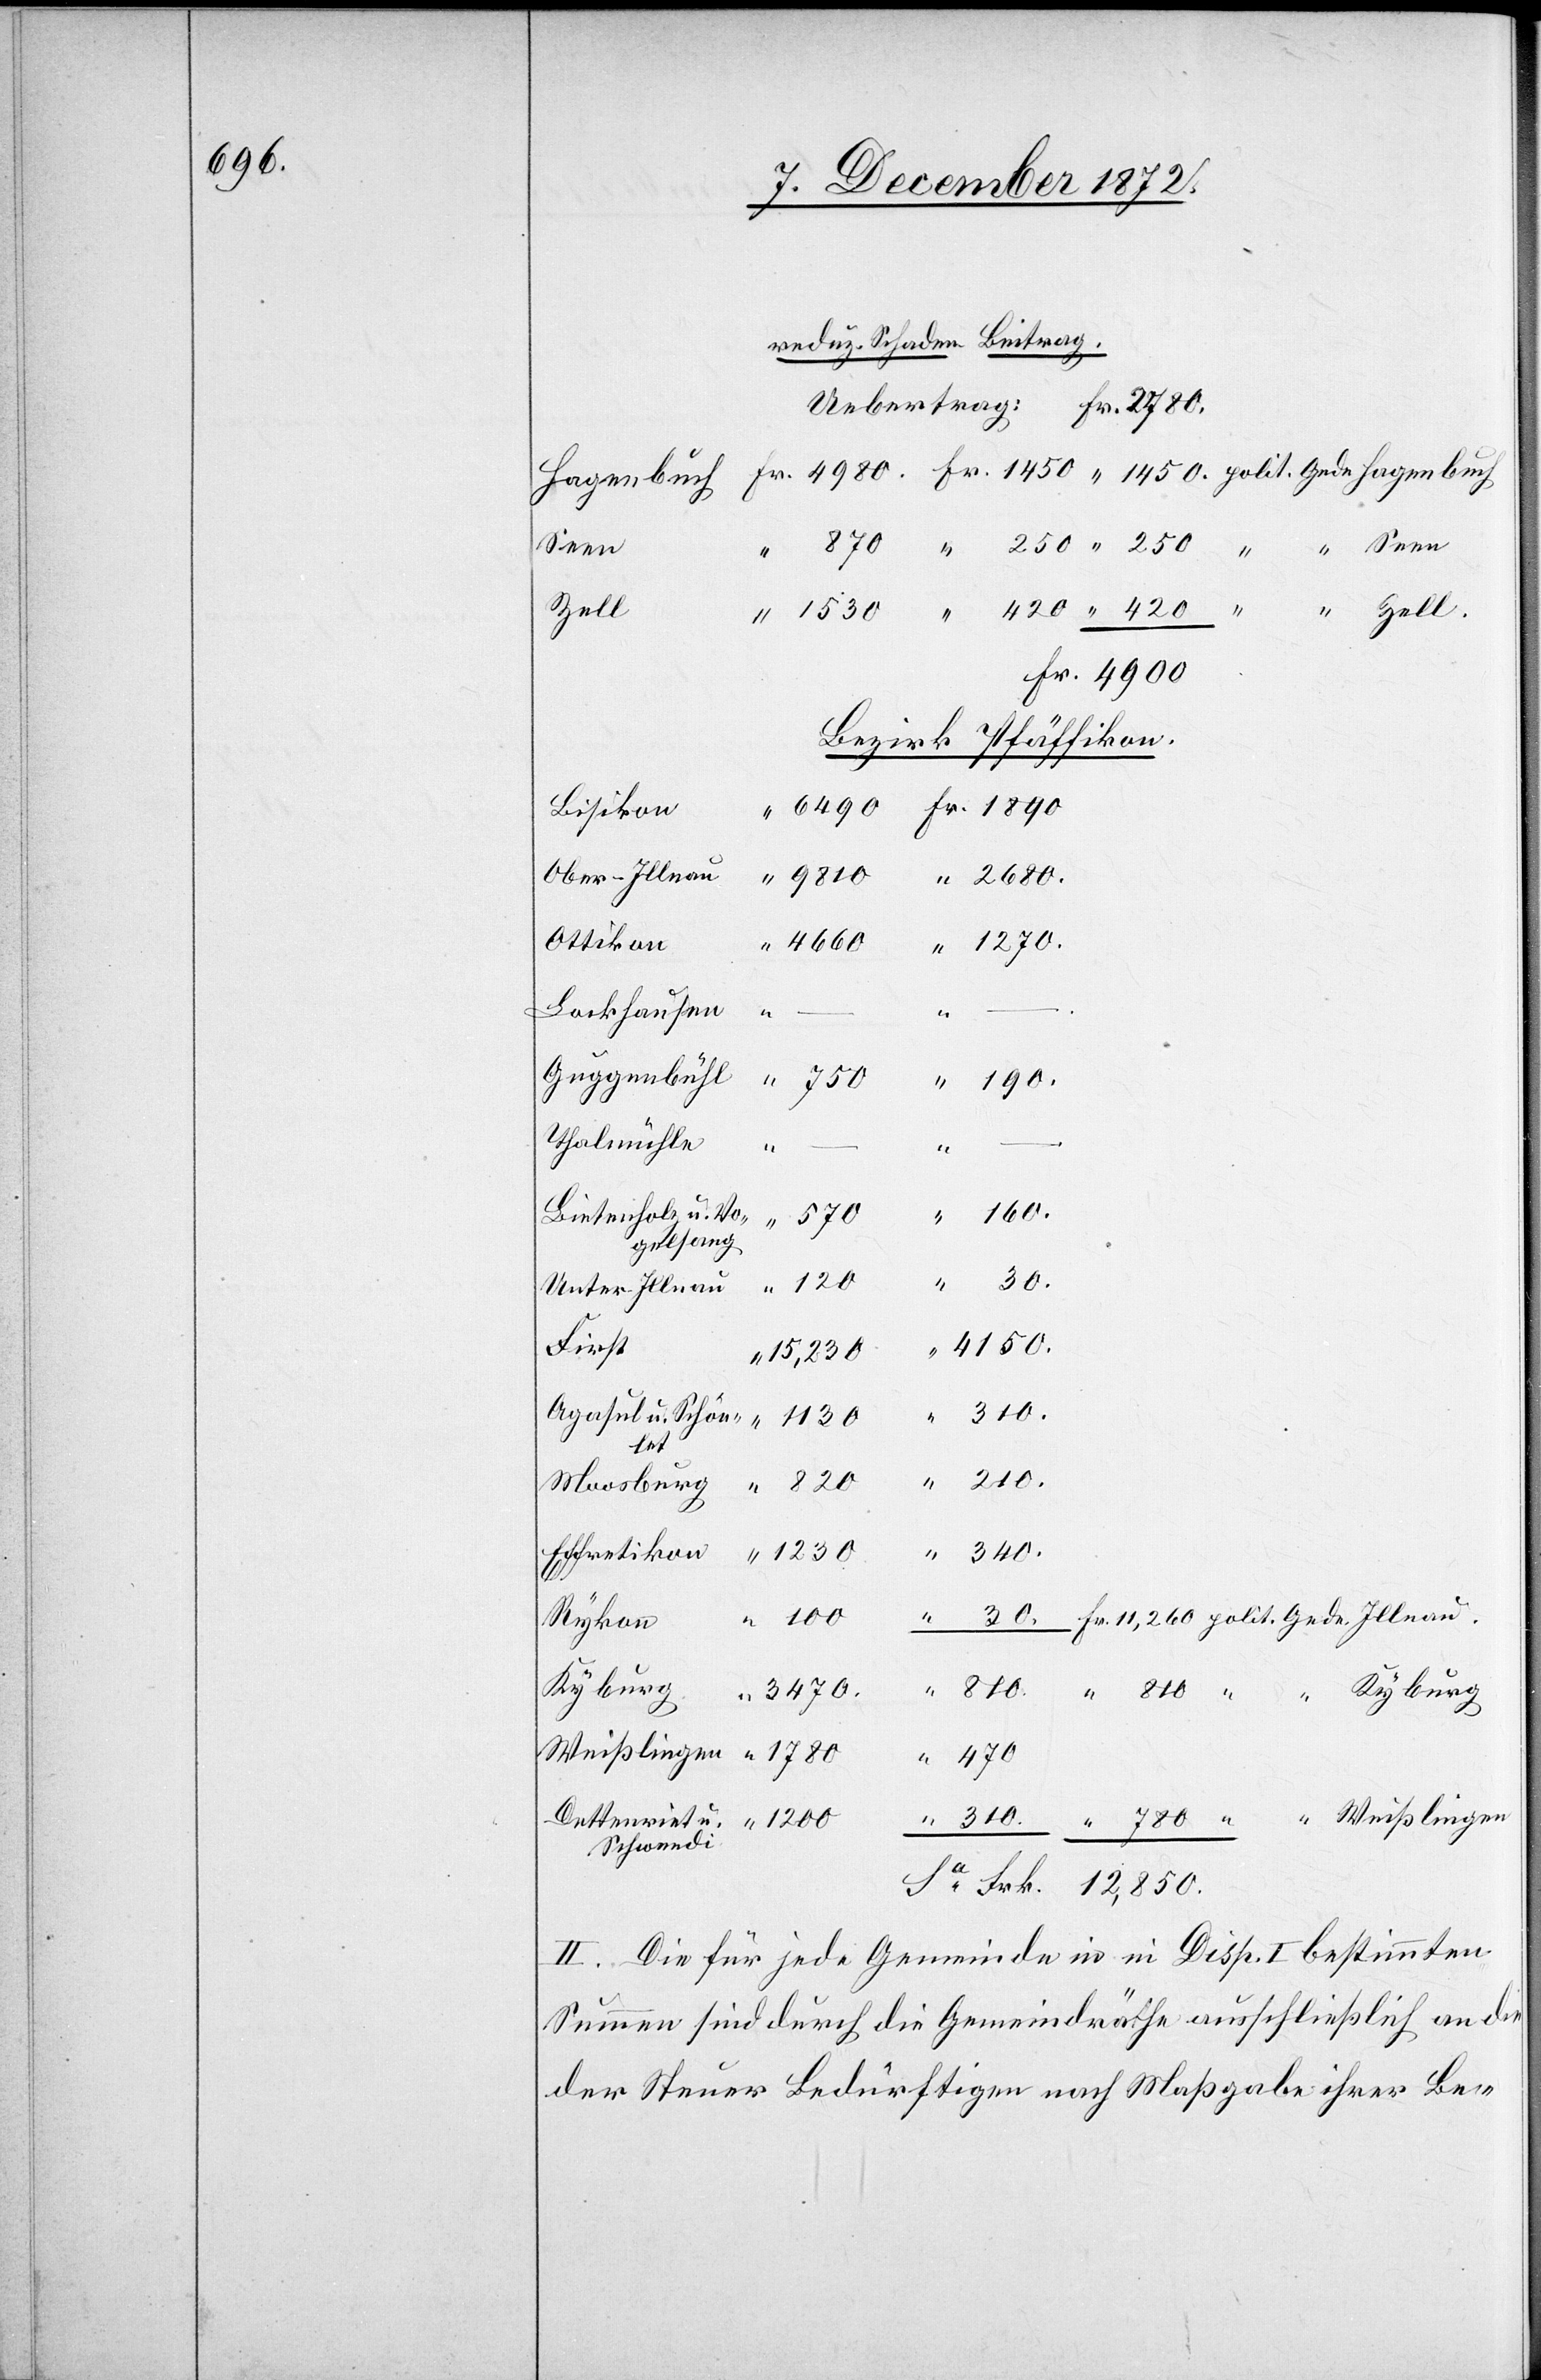
190.

Seen
Zell.
Fr. 11,260
Bezirk Pfäffikon.
Bisikon
Lockhausen
Thalmühle
Frk.
“
100
Bietenholz u. Vo¬
gelsang
First
Schwendi
II. Die für jede Gemeinde in in [sic!] Disp. I bestimmten
Summen sind durch die Gemeindräthe ausschließlich an die
der Steuer Bedürftigen nach Maßgabe ihrer Be-